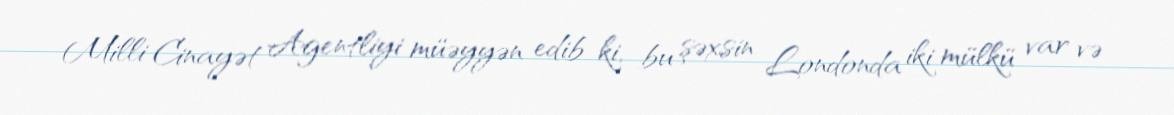
Milli Cinayət Agentliyi müəyyən edib ki, bu şəxsin Londonda iki mülkü var və